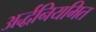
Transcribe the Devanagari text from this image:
अर्द्धनियमित